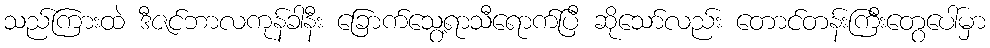
သည်ကြားထဲ ဒီဇင်ဘာလကုန်ခါနီး ခြောက်သွေ့ရာသီရောက်ပြီ ဆိုသော်လည်း တောင်တန်းကြီးတွေပေါ်မှာ